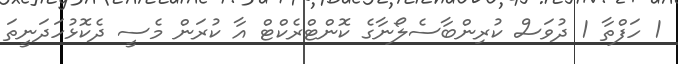
1 ހަފްތާ 1 ދުވަސް ކުރިންބާސެލޯނާގެ ކޮންޓްރެކްޓް އާ ކުރަން މެސީ ދެކޮޅުހަދަނީތަ